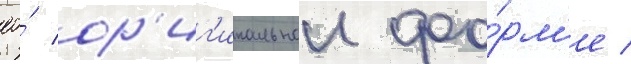
ео́ ор'иг'инальнои фо́рм'е /